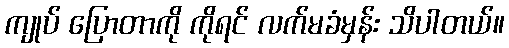
ကျုပ် ပြောတာကို ကိုရင် လက်မခံမှန်း သိပါတယ်။